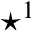
\star ^ { 1 }